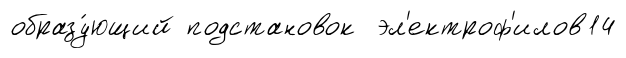
образу́ющий подстановок эл'ектроф'илов14